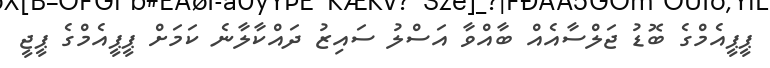
ޕީޕީއެމްގެ ބޮޑު ޖަލްސާއެއް ބާއްވާ އަސްލު ސައިޒު ދައްކާލާނެ ކަމަށް ޕީޕީއެމްގެ ޕީޖީ